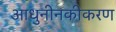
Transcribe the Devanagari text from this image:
आधुनीनकीकरण